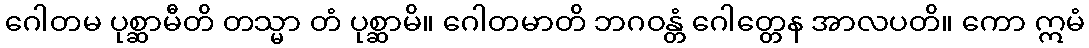
ဂေါတမ ပုစ္ဆာမီတိ တသ္မာ တံ ပုစ္ဆာမိ။ ဂေါတမာတိ ဘဂဝန္တံ ဂေါတ္တေန အာလပတိ။ ကော ဣမံ